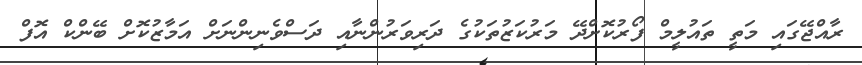
ރާއްޖޭގައި މަތީ ތައުލީމް ފޯރުކޮށްދޭ މަރުކަޒުތަކުގެ ދަރިވަރުންނާއި ދަސްވެނިންނަށް އަމާޒުކޮށް ބޭންކް އޮފް